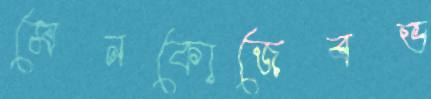
মেনকোজেবভ